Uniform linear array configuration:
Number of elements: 48
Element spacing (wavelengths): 1
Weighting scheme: cosine
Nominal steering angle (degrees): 45
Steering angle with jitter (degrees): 44.813
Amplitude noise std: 0.05
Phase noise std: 0.05

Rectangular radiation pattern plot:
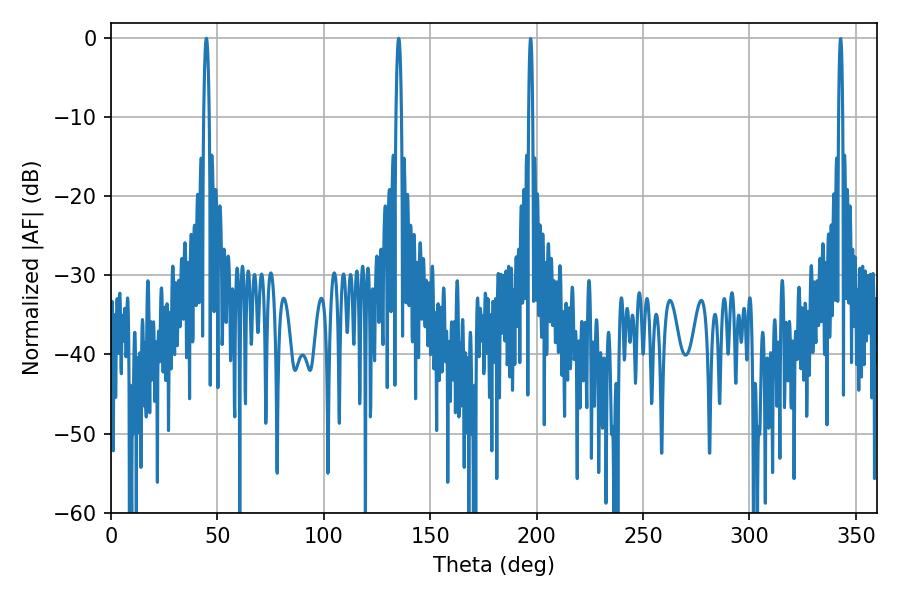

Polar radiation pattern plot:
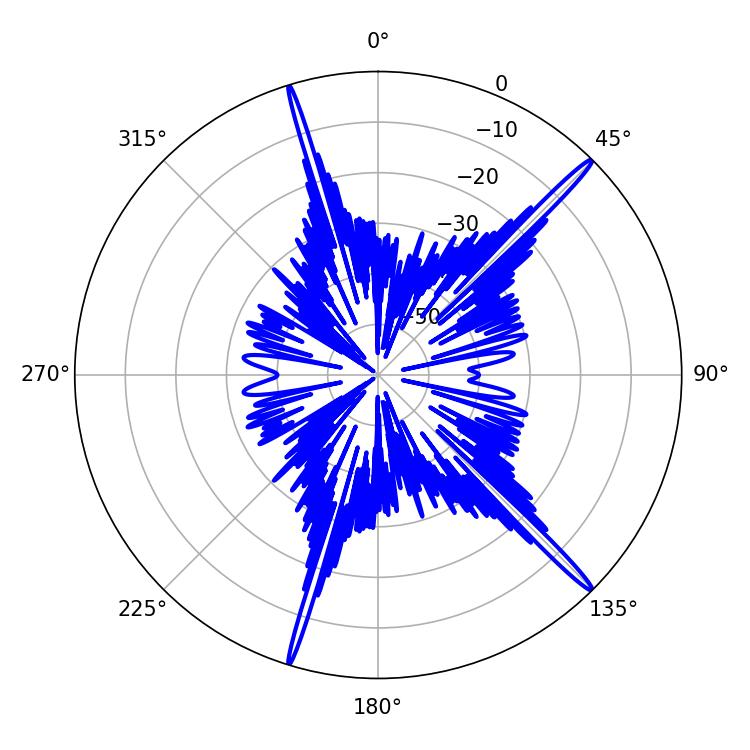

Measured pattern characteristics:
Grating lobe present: TRUE
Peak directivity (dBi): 18.418
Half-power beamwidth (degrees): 1.44
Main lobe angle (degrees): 44.82